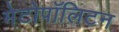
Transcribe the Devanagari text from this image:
मेटोपॉलिटन